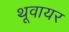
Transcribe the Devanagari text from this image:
थूवायर